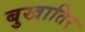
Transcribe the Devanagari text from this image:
बुखातिर